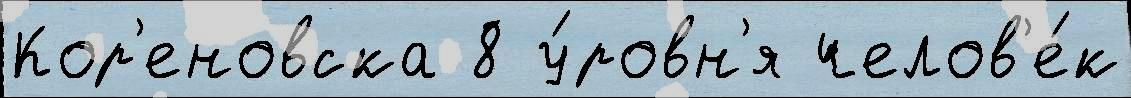
Кор'еновска 8 у́ровн'я челов'е́к